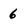
Character: 6